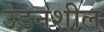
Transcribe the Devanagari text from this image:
उडनशील